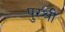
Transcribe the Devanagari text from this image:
पुरश्री